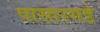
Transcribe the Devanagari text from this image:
पासारगडे